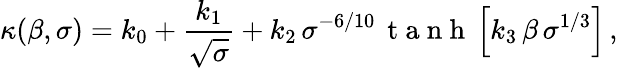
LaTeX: \kappa(\beta,\sigma)=k_{0}+\frac{k_{1}}{\sqrt{\sigma}}+k_{2}\, \sigma^{-6/10}\, \mathrm{~t~a~n~h~}\left[k_{3}\, \beta\, \sigma^{1/3}\right]\, ,